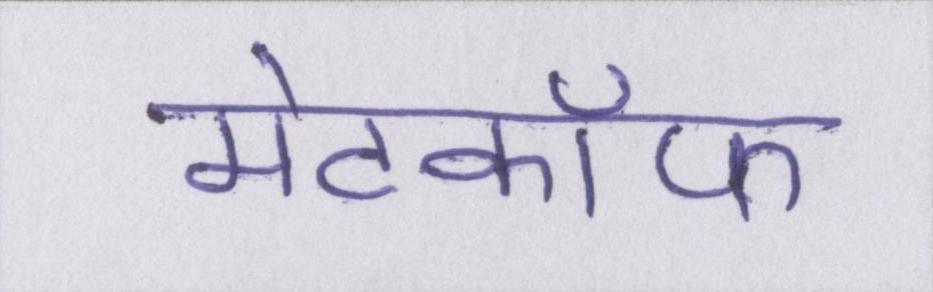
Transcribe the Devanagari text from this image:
मेटकॉफ